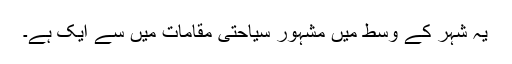
یہ شہر کے وسط میں مشہور سیاحتی مقامات میں سے ایک ہے۔